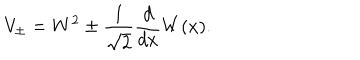
LaTeX: V _ { \pm } = W ^ { 2 } \pm \frac { 1 } { \sqrt { 2 } } \frac { d } { d x } W ( x ) .